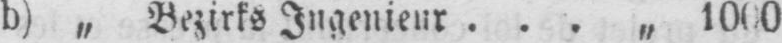
b) „ Bezirks Ingenieur ... „ 1000